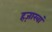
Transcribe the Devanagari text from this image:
हज़ारवां